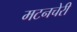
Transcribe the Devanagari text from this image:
मटनचेरी